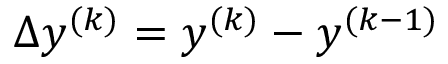
\Delta y ^ { ( k ) } = y ^ { ( k ) } - y ^ { ( k - 1 ) }